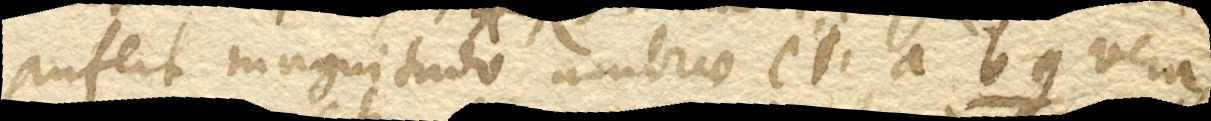
Aufert magnitudo umbrae ci. a bg. vera